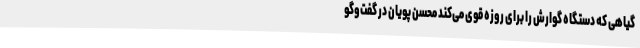
گیاهی که دستگاه گوارش را برای روزه قوی می‌کند محسن پویان در گفت‌وگو